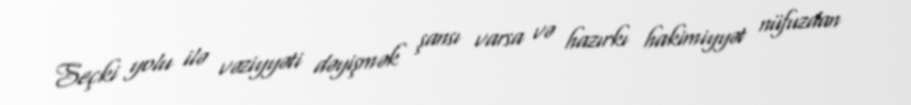
Seçki yolu ilə vəziyyəti dəyişmək şansı varsa və hazırkı hakimiyyət nüfuzdan